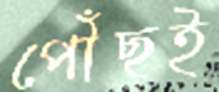
পৌঁছই